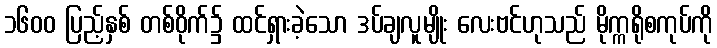
၁၆၀၀ ပြည့်နှစ် တစ်ဝိုက်၌ ထင်ရှားခဲ့သော ဒပ်ချလူမျိုး လေးဗင်ဟုသည် မိုက္ကရိုစကုပ်ကို